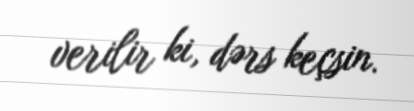
verilir ki, dərs keçsin.